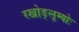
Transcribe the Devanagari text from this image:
रखोङ्लूम्योः